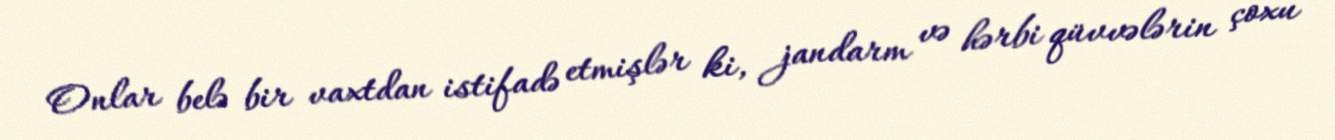
Onlar belə bir vaxtdan istifadə etmişlər ki, jandarm və hərbi qüvvələrin çoxu